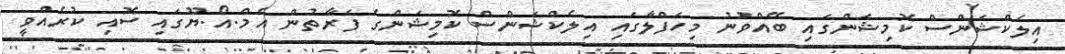
އިލެކްޝަންސް ކޮމިޝަންގައި ބޭއްވުނު މިހަފްލާގައި އިލެކްޝަންސް ކޮމިޝަންގެ ފަރާތުން އެމް.އޯ.ޔޫގައި ސޮއި ކުރެއްވީ